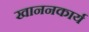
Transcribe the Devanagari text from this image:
खाननकार्य